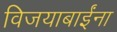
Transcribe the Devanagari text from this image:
विजयाबाईंना